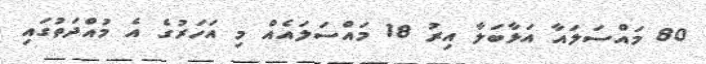
80 މައްސަލައާ އަޅާބަލާ އިރު 18 މައްސަލައެއް މި އަހަރުގެ އެ މުއްދަތުގައި